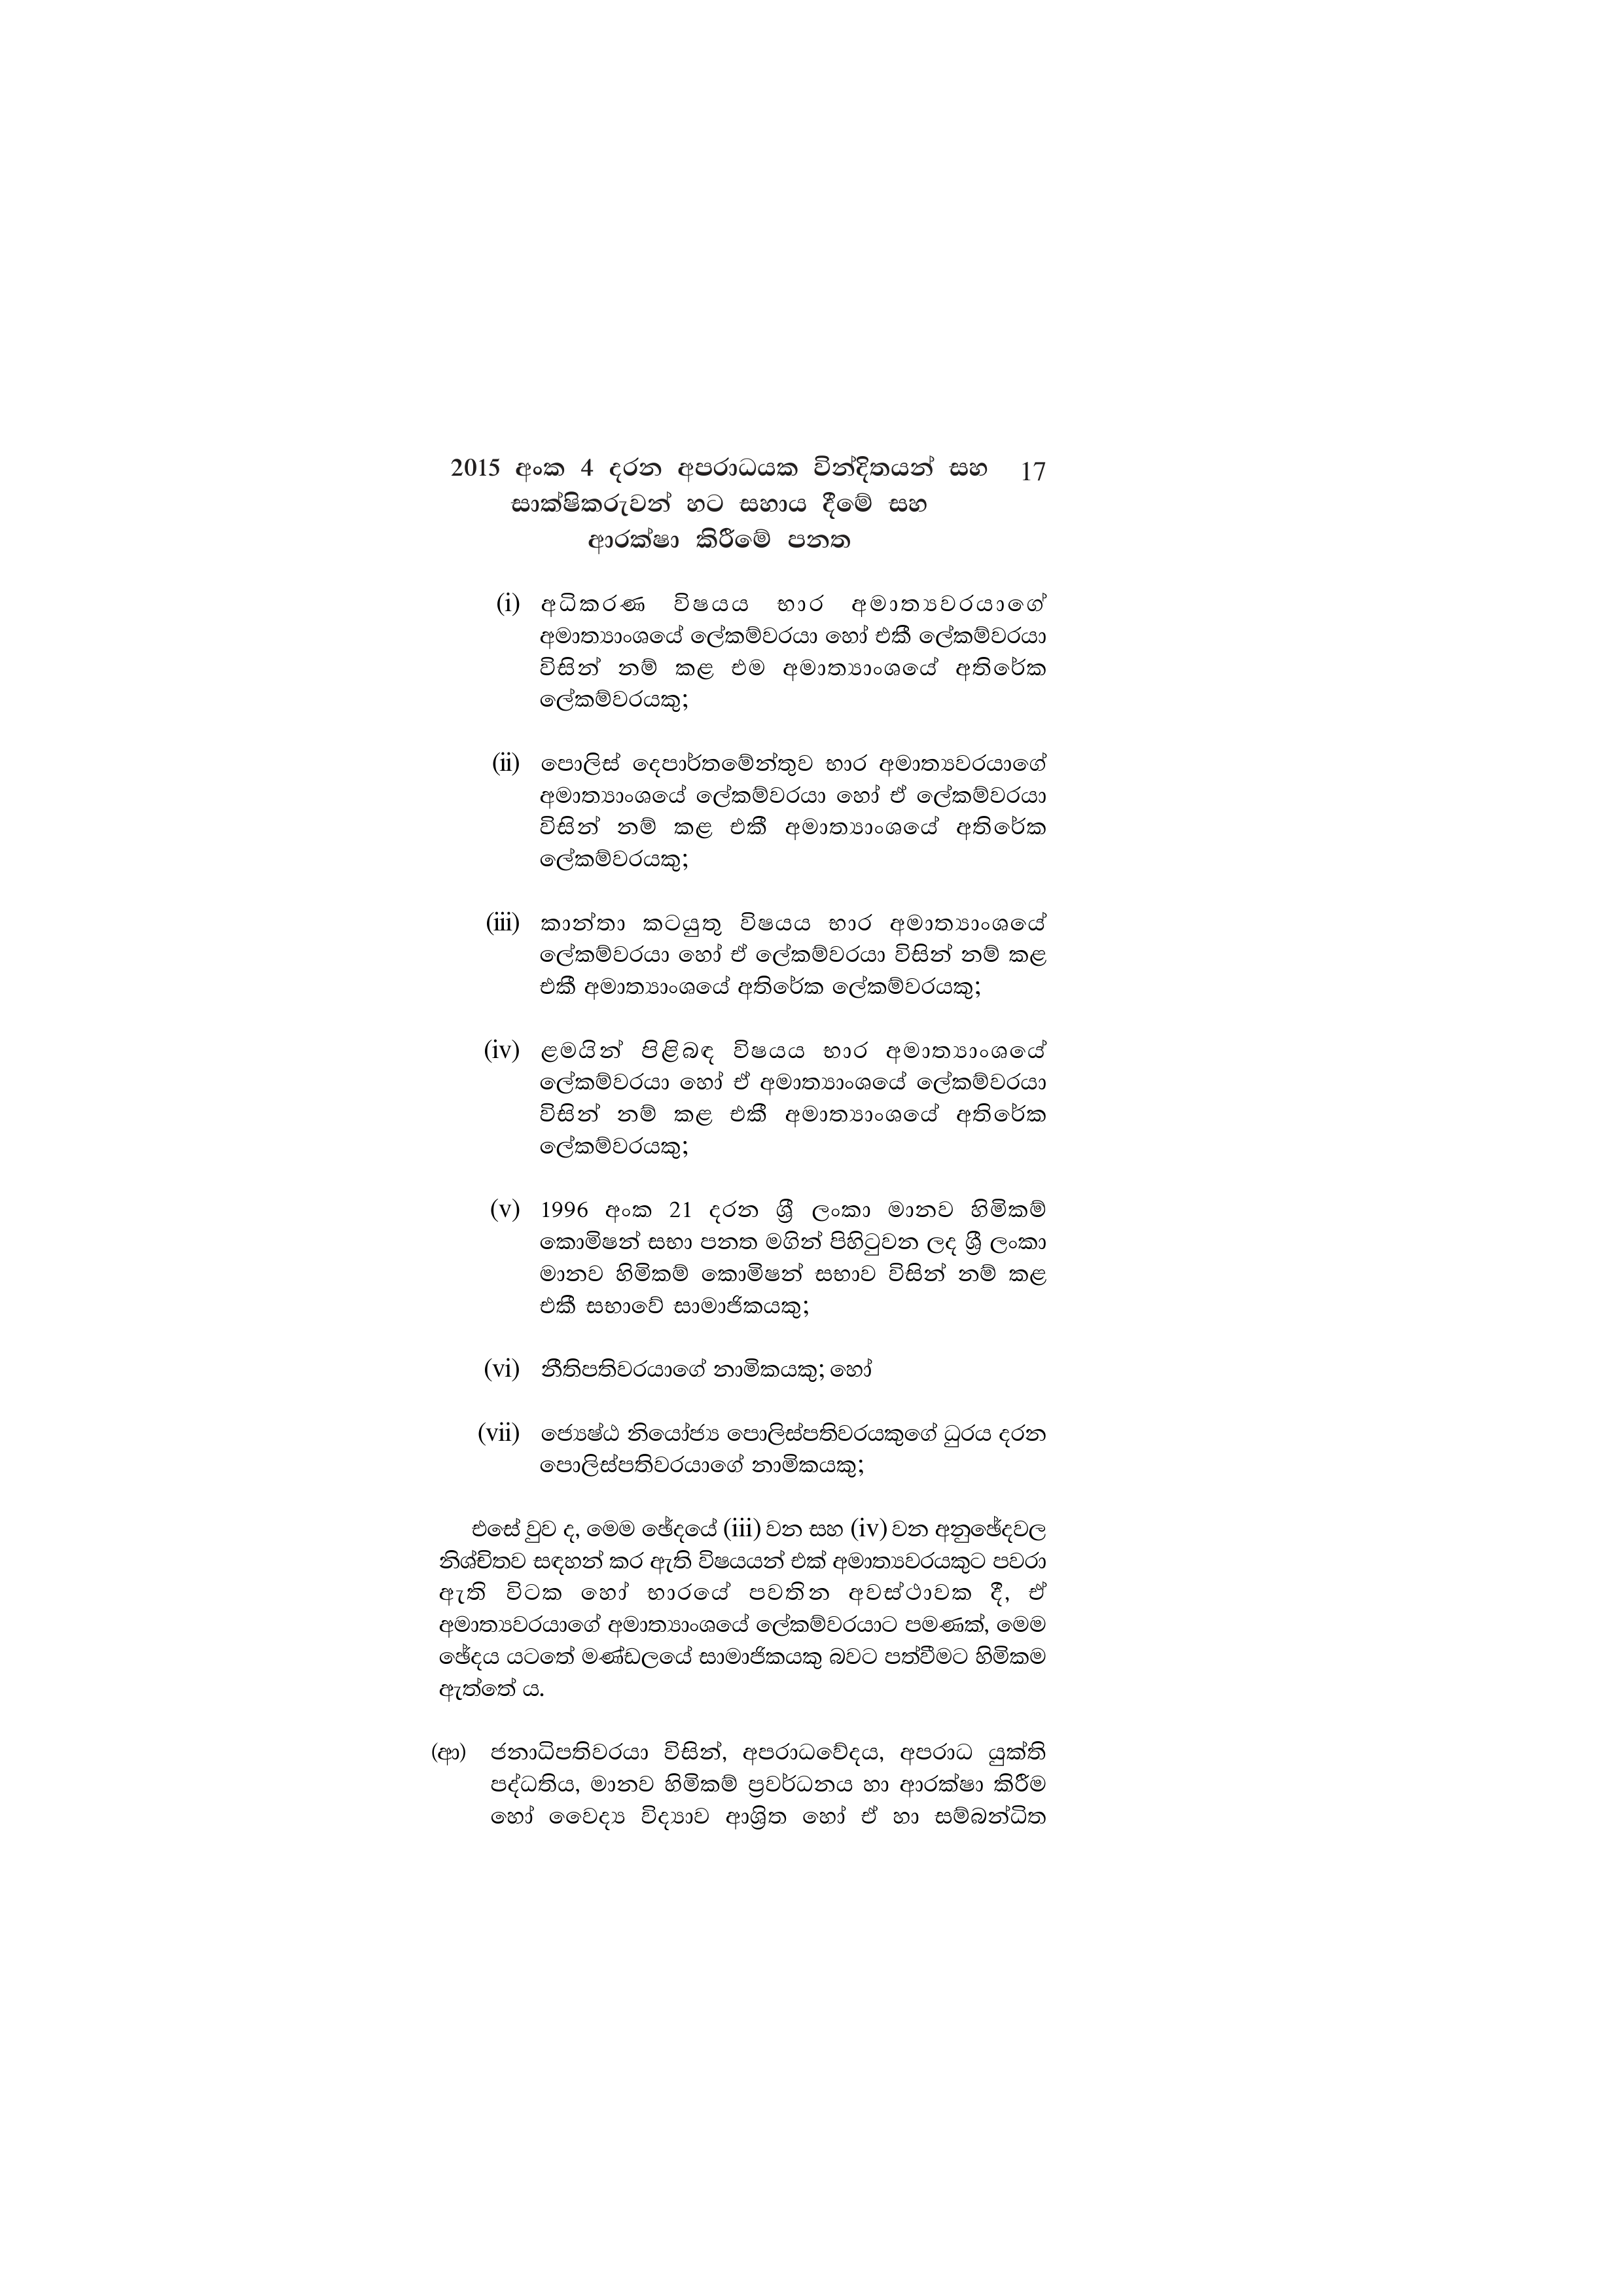
2015 අංක 4 දරන අපරාධයක වින්දිතයන් සහ 17
සාක්ෂිකරුවන් හට සහාය දීමේ සහ
ආරක්ෂා කිරීමේ පනත

(i) අධිකරණ විෂයය භාර අමාත්‍යවරයාගේ
අමාත්‍යාංශයේ ලේකම්වරයා හෝ එකී ලේකම්වරයා
විසින් නම් කළ එම අමාත්‍යාංශයේ අතිරේක
ලේකම්වරයකු;

(ii) පොලිස් දෙපාර්තමේන්තුව භාර අමාත්‍යවරයාගේ
අමාත්‍යාංශයේ ලේකම්වරයා හෝ ඒ ලේකම්වරයා
විසින් නම් කළ එකී අමාත්‍යාංශයේ අතිරේක
ලේකම්වරයකු;

(iii) කාන්තා කටයුතු විෂයය භාර අමාත්‍යාංශයේ
ලේකම්වරයා හෝ ඒ ලේකම්වරයා විසින් නම් කළ
එකී අමාත්‍යාංශයේ අතිරේක ලේකම්වරයකු;

(iv) ළමයින් පිළිබඳ විෂයය භාර අමාත්‍යාංශයේ
ලේකම්වරයා හෝ ඒ අමාත්‍යාංශයේ ලේකම්වරයා
විසින් නම් කළ එකී අමාත්‍යාංශයේ අතිරේක
ලේකම්වරයකු;

(v) 1996 අංක 21 දරන ශ්‍රී ලංකා මානව හිමිකම්
කොමිෂන් සභා පනත මගින් පිහිටුවන ලද ලංකා
මානව හිමිකම් කොමිෂන් සභාව විසින් නම් කළ
එකී සභාවේ සාමාජිකයකු;

(vi) නීතිපතිවරයාගේ නාමිකයකු; හෝ

(vii) ජ්‍යෙෂ්ඨ නියෝජ්‍ය පොලිස්පතිවරයකුගේ ධුරය දරන
පොලිස්පතිවරයාගේ නාමිකයකු;

එසේ වුව ද, මෙම ඡේදයේ (iii) වන සහ (iv) වන අනුඡේදවල
නිශ්චිතව සඳහන් කර ඇති විෂයයන් එක් අමාත්‍යවරයකුට පවරා
ඇති විටක හෝ භාරයේ පවතින අවස්ථාවක දී, ඒ
අමාත්‍යවරයාගේ අමාත්‍යාංශයේ ලේකම්වරයාට පමණක්, මෙම
ඡේදය යටතේ මණ්ඩලයේ සාමාජිකයකු බවට පත්වීමට හිමිකම
ඇත්තේ ය.

(ආ) ජනාධිපතිවරයා විසින්, අපරාධවේදය, අපරාධ යුක්ති
පද්ධතිය, මානව හිමිකම් ප්‍රවර්ධනය හා ආරක්ෂා කිරීම
හෝ වෛද්‍ය විද්‍යාව ආශ්‍රිත හෝ ඒ හා සම්බන්ධිත